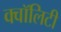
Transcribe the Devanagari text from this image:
क्वॉलिटी